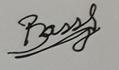
Signature authenticity: genuine